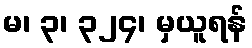
မ၊ ၃၊ ၃၂၄၊ မှယူရန်